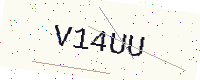
Text: V14UU